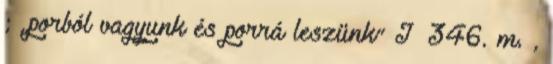
; „porból vagyunk és porrá leszünk” I 346. m. ,